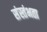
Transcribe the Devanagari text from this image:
संस्तंभता